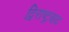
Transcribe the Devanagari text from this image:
द्विराष्ट्रवाद